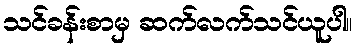
သင်ခန်းစာမှ ဆက်လက်သင်ယူပါ။